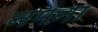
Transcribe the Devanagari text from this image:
नमना